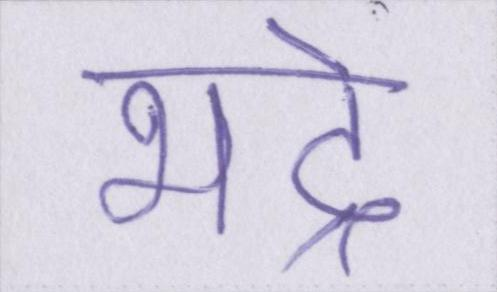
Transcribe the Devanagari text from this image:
भद्रे